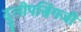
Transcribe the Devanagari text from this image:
दुलीपसिंगजी